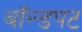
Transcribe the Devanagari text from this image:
बॉन्डपट